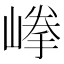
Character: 𡺹